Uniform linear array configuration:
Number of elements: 48
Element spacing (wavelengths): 0.25
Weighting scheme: kaiser
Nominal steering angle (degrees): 15
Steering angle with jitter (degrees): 15.169
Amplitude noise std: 0.05
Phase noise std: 0.05

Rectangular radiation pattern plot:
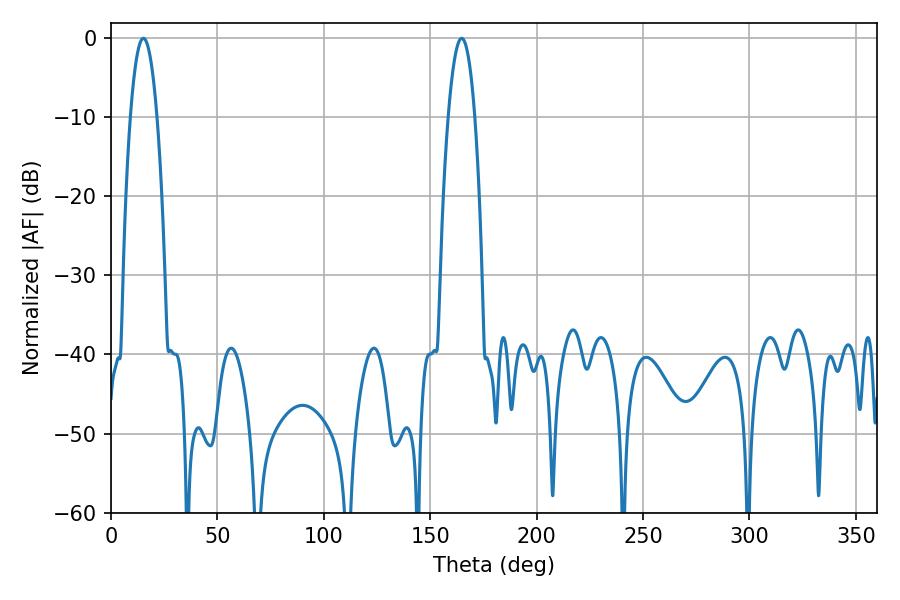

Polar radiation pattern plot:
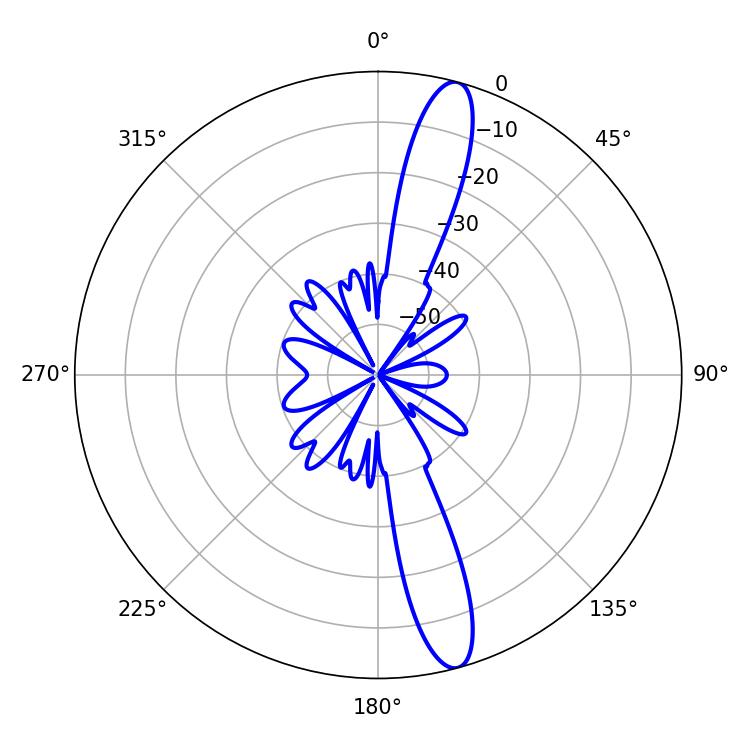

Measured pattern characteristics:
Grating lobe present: FALSE
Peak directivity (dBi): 14.665
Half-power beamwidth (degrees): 6.84
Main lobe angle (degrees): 15.3